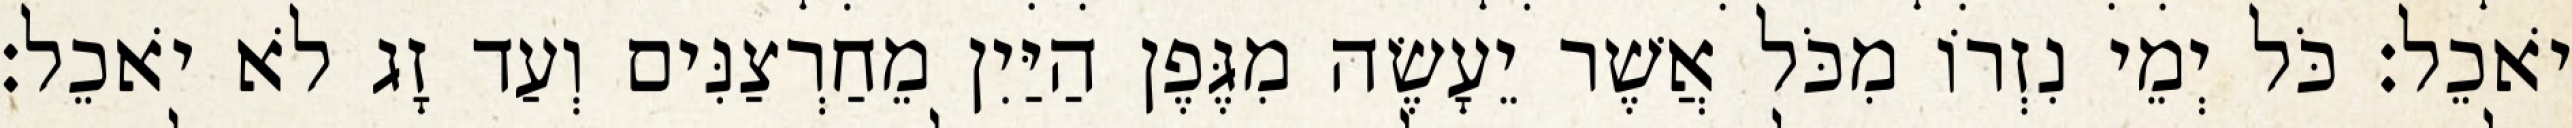
יֹאכֵל׃ כֹּל יְמֵי נִזְרוֹ מִכֹּל אֲשֶׁר יֵעָשֶׂה מִגֶּפֶן הַיַּיִן מֵחַרְצַנִּים וְעַד זָג לֹא יֹאכֵל׃